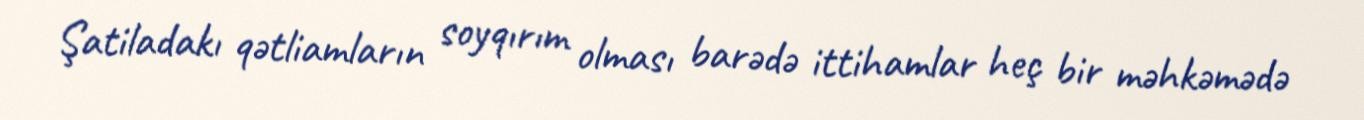
Şatiladakı qətliamların soyqırım olması barədə ittihamlar heç bir məhkəmədə